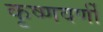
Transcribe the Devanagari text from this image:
कृष्णवर्णी